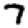
Digit: 7